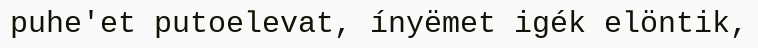
puhe'et putoelevat, ínyëmet igék elöntik,